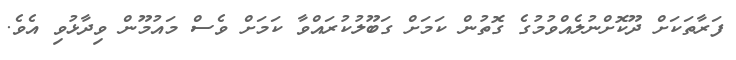
ފަރާތަކަށް ދޫކޮށްނުލެއްވުމުގެ ގޮތުން ކަމަށް ގަބޫލުކުރައްވާ ކަމަށް ވެސް މައުމޫން ވިދާޅުވި އެވެ.